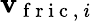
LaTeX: \mathbf{v}_{\mathrm{~f~r~i~c~,~}i}